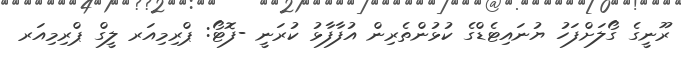
ރޫނީގެ ގޯލަށްފަހު ޔުނައިޓެޑްގެ ކުޅުންތެރިން އުފާފާޅު ކުރަނީ -ފޮޓޯ: ޕްރިމިއަރ ލީގް ޕްރިމިއަރ